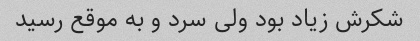
شکرش زیاد بود ولی سرد و به موقع رسید